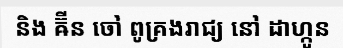
និង ឝ៊ីន ចៅ ពូគ្រងរាជ្យ នៅ ដាហ្កូន